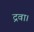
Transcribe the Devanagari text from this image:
द्रवा।